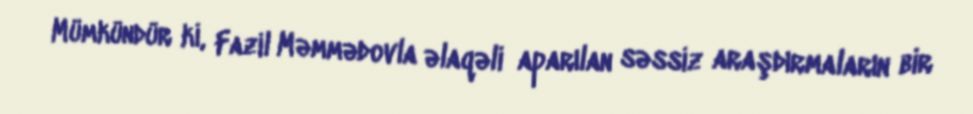
Mümkündür ki, Fazil Məmmədovla əlaqəli aparılan səssiz araşdırmaların bir